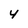
Character: 4